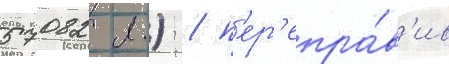
57082 л.) / п'ер'епра́в'ив